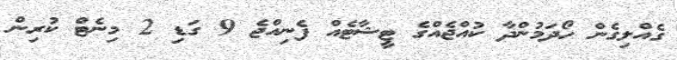
ގެއްލިގެން ހޯދަމުންދާ ކުއްޖެއްގެ ޓީޝާޓެއް ފެނިއްޖެ 9 ގަޑި 2 މިނެޓް ކުރިން